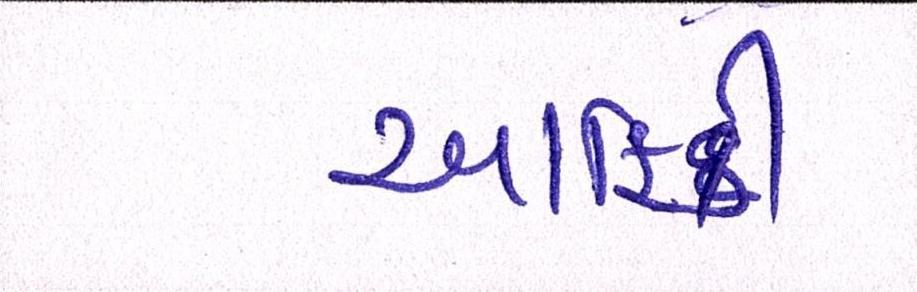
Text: આફ્રિકી